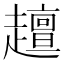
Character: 𧾍